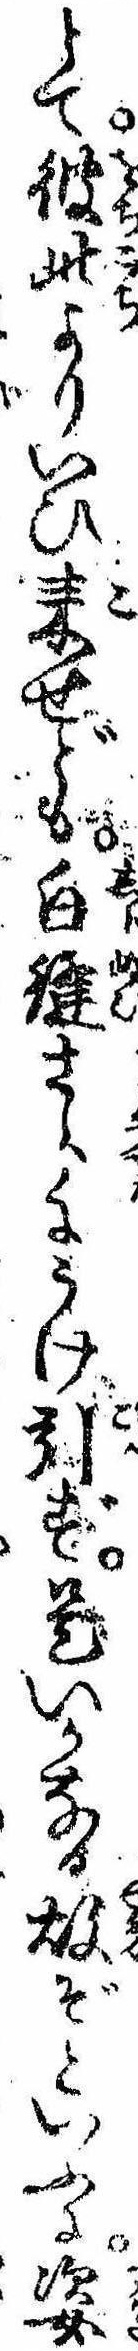
とて彼此よりいひ来せども白縫さらにうけ引ず是いかなる故ぞといふに姿